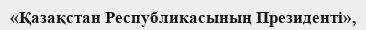
«Қазақстан Республикасының Президенті»,